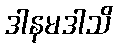
ဒါနမဒါသိ